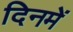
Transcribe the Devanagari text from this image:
दिनमें